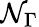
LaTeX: \mathcal{N}_{\Gamma}